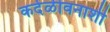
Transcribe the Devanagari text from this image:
कर्दळीवनाशी